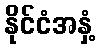
နိုင်ငံအနှံ့